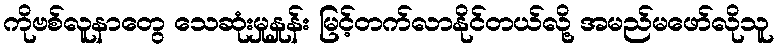
ကိုဗစ်လူနာတွေ သေဆုံးမှုနှုန်း မြင့်တက်လာနိုင်တယ်လို့ အမည်မဖော်လိုသူ